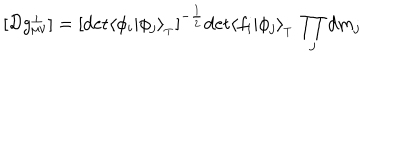
LaTeX: [ { \cal D } g _ { \mu \nu } ^ { \perp } ] = [ \mathrm { d e t } \langle \phi _ { i } \vert \phi _ { j } \rangle _ { _ T } ] ^ { - { \frac { 1 } { 2 } } } \mathrm { d e t } \langle f _ { i } \vert \phi _ { j } \rangle _ { _ T } \, \prod _ { j } d m _ { j }